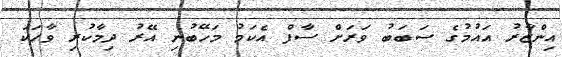
އިންޒާރު އައުމުގެ ސަބަބު ވަރަށް ސާފް އެކަމު މަހޭބުނި އޭރު ދިމާކުރި ވާހަކަ